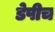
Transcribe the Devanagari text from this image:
डेपीच